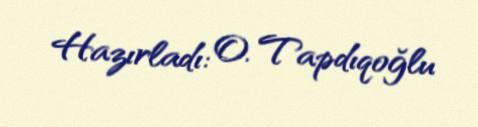
Hazırladı: O. Tapdıqoğlu